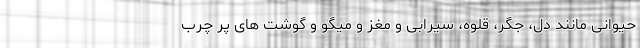
حیوانی مانند دل، جگر، قلوه، سیرابی و مغز و میگو و گوشت های پر چرب